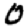
Digit: 0